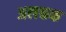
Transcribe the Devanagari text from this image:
अलक्तक